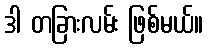
ဒါ တခြားလမ်း ဖြစ်မယ်။